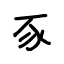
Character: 豕